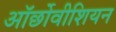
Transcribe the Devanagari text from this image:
ऑर्छोवीशियन